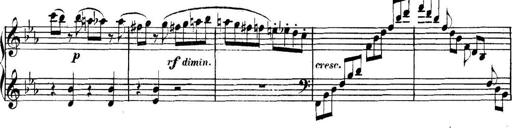
Title: Collected Piano Sonatas
Composer: Muzio Clementi